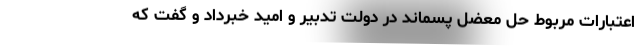
اعتبارات مربوط حل معضل پسماند در دولت تدبیر و امید خبرداد و گفت که